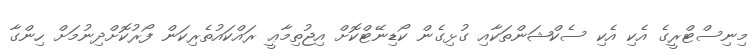
މިނިސްޓްރީގެ އެކި އެކި ސެކްޝަންތަކާއި ގުޅިގެން ކޯޑިނޭޓްކޮށް އިޖުތިމާޢީ ރައްކައުތެރިކަން ފޯރުކޮށްދިނުމަށް ހިންގާ